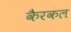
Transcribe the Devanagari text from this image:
कैरकल